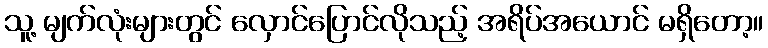
သူ့ မျက်လုံးများတွင် လှောင်ပြောင်လိုသည့် အရိပ်အယောင် မရှိတော့။